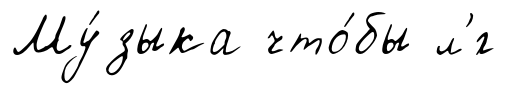
Му́зыка что́бы л'́г